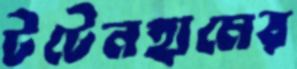
টটেনহামের